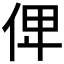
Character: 𠈷